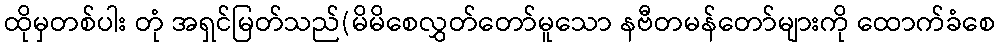
ထိုမှတစ်ပါး တုံ အရှင်မြတ်သည်(မိမိစေလွှတ်တော်မူသော နဗီတမန်တော်များကို ထောက်ခံစေ